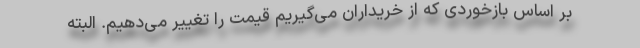
بر اساس بازخوردی که از خریداران می‌گیریم قیمت را تغییر می‌دهیم. البته